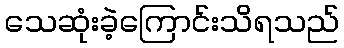
သေဆုံးခဲ့ကြောင်းသိရသည်